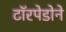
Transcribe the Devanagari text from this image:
टॉरपेडोने